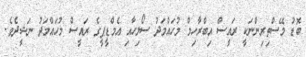
ބޮޑު މޭސްތިރިންނަކީ ރައީސް އިބްރާހިމް މުހައްމަދު ސޯލިހާއި އެމްޑީޕީގެ ރައީސް މުހައްމަދު ނަޝީދެވެ.